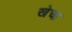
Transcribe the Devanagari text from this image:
खेचा